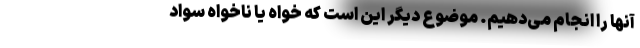
آنها را انجام می‌دهیم. موضوع دیگر این است که خواه یا ناخواه سواد